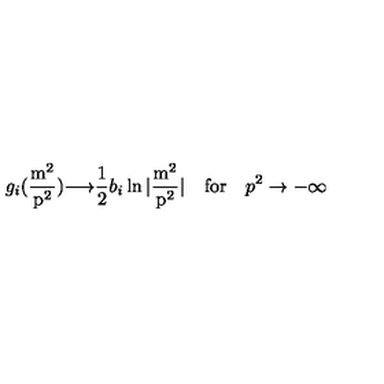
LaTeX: g _ { i } ( \mathrm { \frac { m ^ 2 } { p ^ 2 } } ) { \longrightarrow } \frac 1 2 b _ { i } \ln | \mathrm { \frac { m ^ 2 } { p ^ 2 } } | \quad \mathrm { f o r } \quad p ^ { 2 } \to - \infty